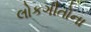
લોકગીતોના